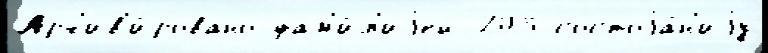
Арх'ив'и́ровано фам'и́л'иjей 203 состоjа́н'иjу